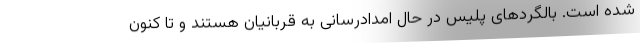
شده است. بالگردهای پلیس در حال امدادرسانی به قربانیان هستند و تا کنون